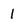
Character: 1